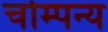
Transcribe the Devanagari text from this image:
चोम्पन्य